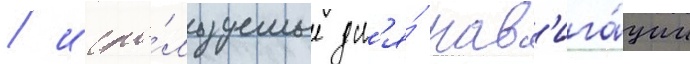
/ испо́льзуемые дл'я́ нав'ига́ции